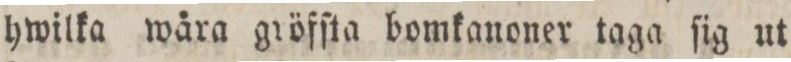
hwilka wåra gröfſta bomkanoner taga ſig ut